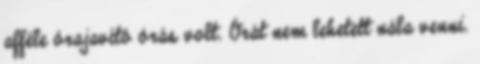
afféle órajavító órás volt. Órát nem lehetett nála venni.